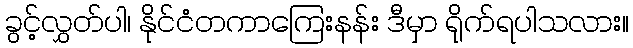
ခွင့်လွှတ်ပါ၊ နိုင်ငံတကာကြေးနန်း ဒီမှာ ရိုက်ရပါသလား။